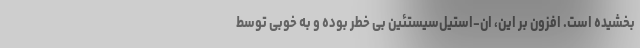
بخشیده است. افزون بر این، ان-استیل‌سیستئین بی خطر بوده و به خوبی توسط